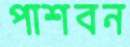
পাশবন